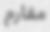
مقارم